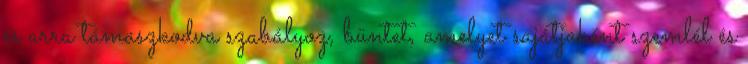
és arra támaszkodva szabályoz, büntet, amelyet sajátjaként szemlél és